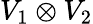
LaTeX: V_{1}\otimes V_{2}